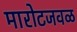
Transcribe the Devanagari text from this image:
मारोटजवळ